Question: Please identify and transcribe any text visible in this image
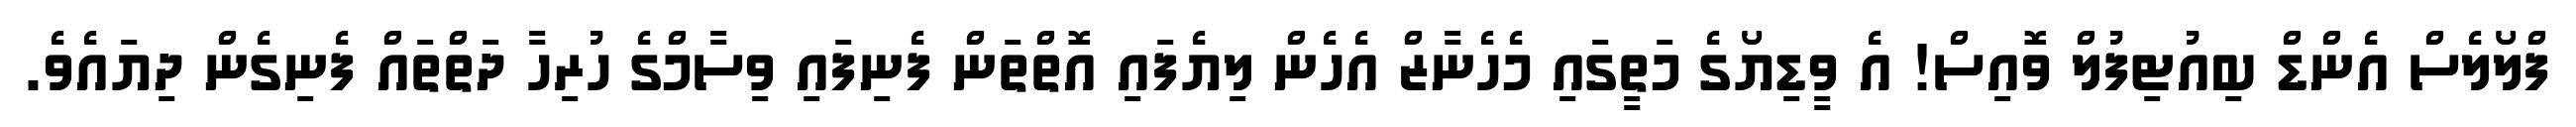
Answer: ފްލޯލެސް އެންޑް ބިއުޓިފުލް ވޮއިސް! އެ ވީޑިޔޯގެ މަތީގައި މެހެނާޒް އެހެން ލިޔެފައި އޮތްތަން ފެނިފައި ވިސާމްގެ ހުރިހާ ދަތްތައް ފެނިގެން ދިޔައެވެ.